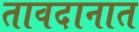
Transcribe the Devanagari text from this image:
तावदानात